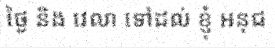
ថ្ងៃ និង វេលា ទៅដល់ ខ្ញុំ អនុជ